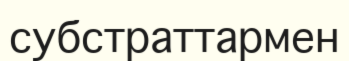
субстраттармен